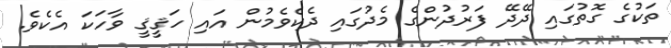
ތަކުގެ ގޮތުގައި ދޭދޭ ފަރުދުންގެ މެދުގައި ދެކެވެމުން އައި ހަޤީޤީ ވާހަކަ އެކެވެ.